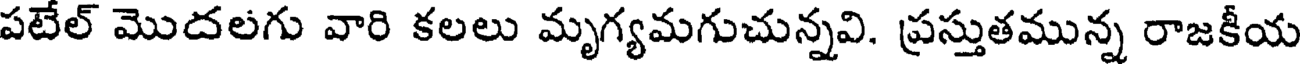
పటేల్ మొదలగు వారి కలలు మృగ్యమగుచున్నవి. ప్రస్తుతమున్న రాజకీయ